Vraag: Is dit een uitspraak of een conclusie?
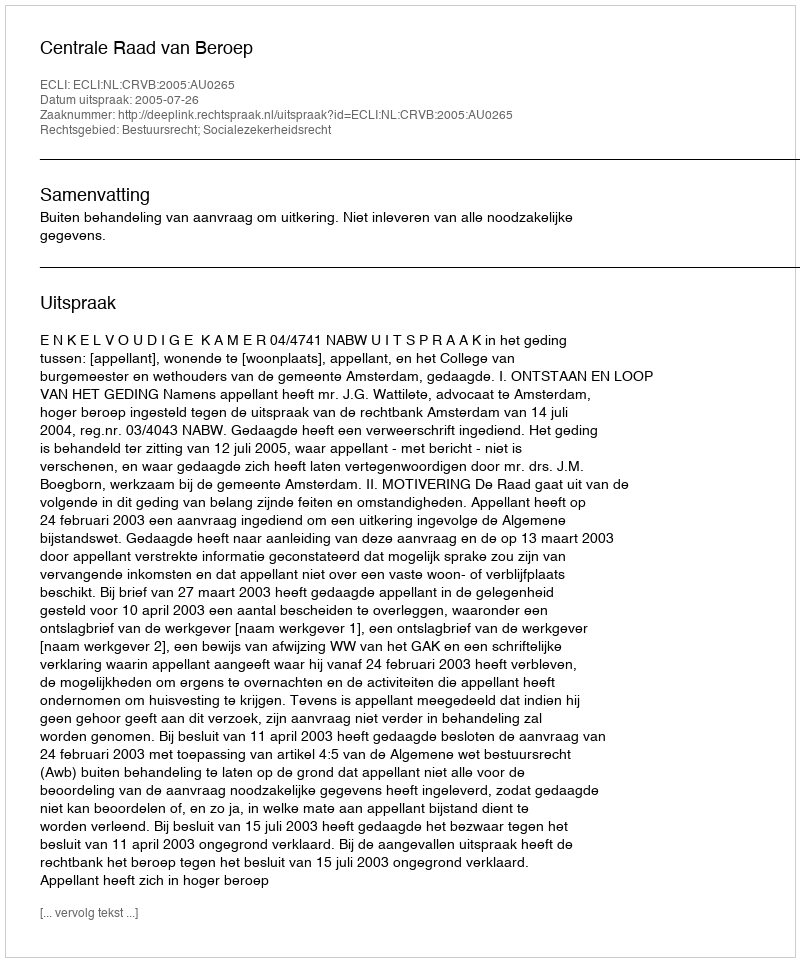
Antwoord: Uitspraak